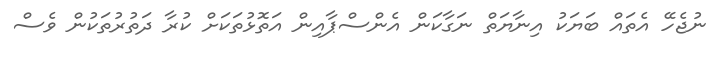
ނުޖެހޭ އެތައް ބަޔަކު އިނާޔަތް ނަގާކަން އެންސްޕާއިން އަތޮޅުތަަކަށް ކުރާ ދަތުރުތަކުން ވެސް